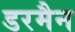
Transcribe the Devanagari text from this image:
डरमैन